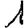
Digit: 1